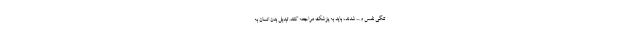
تنگی نفس و ... شدند، باید به پزشک مراجعه کنند. تبدیل بدن انسان به